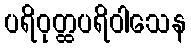
ပရိဝုတ္ထပရိဝါသေန